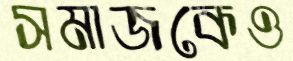
সমাজকেও